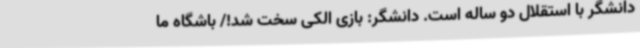
دانشگر با استقلال دو ساله است. دانشگر: بازی الکی سخت شد!/ باشگاه ما